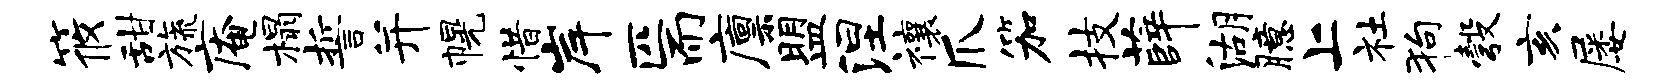
筱甜旒庵榻誓并幌惜岸匹而廪盟涅禳爪笳技薛湖臆上社狗彀亥屡